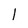
Character: l